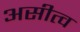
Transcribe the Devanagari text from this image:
असीत्व